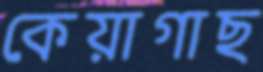
কেয়াগাছ